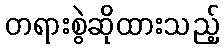
တရားစွဲဆိုထားသည့်